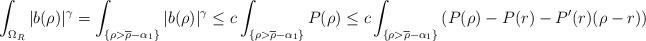
LaTeX: \begin{align*}\int_{\Omega_R} |b(\rho)|^\gamma=\int_{\{\rho>\overline\rho-\alpha_1\}}|b(\rho)|^\gamma\leq c\int_{\{\rho>\overline\rho-\alpha_1\}}P(\rho)\leq c \int_{\{\rho>\overline\rho-\alpha_1\}}\left(P(\rho)-P(r)-P'(r)(\rho-r)\right)\end{align*}